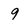
Character: 9